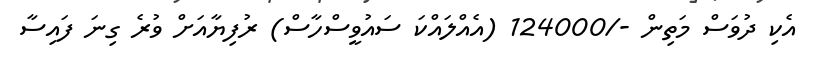
އެކި ދުވަސް މަތިން -/124000 (އެއްލައްކަ ސައުވީސްހާސް) ރުފިޔާއަށް ވުރެ ގިނަ ފައިސާ